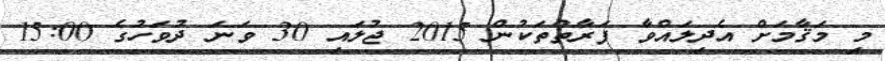
މި މަޤާމަށް އެދިލައްވާ ފަރާތްތަކުން 2015 ޖުލައި 30 ވަނަ ދުވަހުގެ 15:00